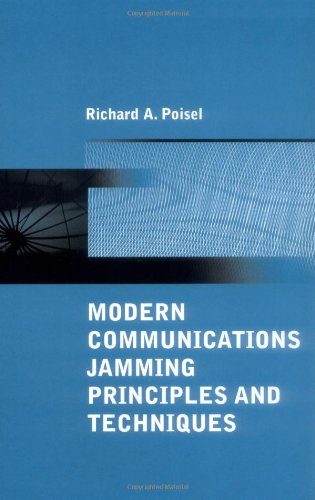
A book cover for Modern Communications Jamming Principles and Techniques (Artech House Information Warfare Library); Richard A Poisel; Engineering & Transportation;